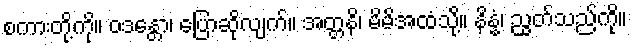
စကားတို့ကို။ ဝဒန္တော၊ ပြောဆိုလျက်။ အတ္တနိ၊ မိမိအထံသို့။ နိန္နံ၊ ညွတ်သည်ကို။